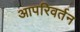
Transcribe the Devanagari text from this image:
आपरिवर्तन